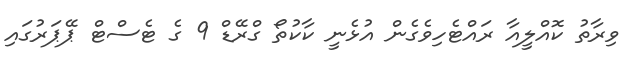
ވިރާތު ކޮއްލީއާ ރައްޓެހިވެގެން އުޅެނީ ކާކުތޯ ގްރޭޑް 9 ގެ ޓެސްޓް ޕޭޕަރުގައި